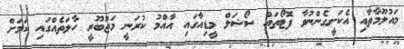
މައުލޫމާތާއި އެކަށީގެންނުވާ ފޮޓޯތައް ސޯޝަލް މީޑިއާގައި އާއްމު ކުރަނީ މަޖުބޫރީ ހާލަތެއްގައި ކަމަށް